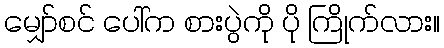
မျှော်စင် ပေါ်က စားပွဲကို ပို ကြိုက်လား။